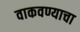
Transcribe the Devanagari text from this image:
वाकवण्याचा